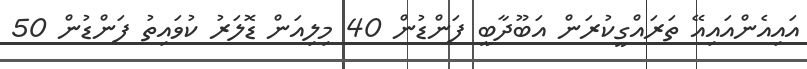
އައިއެންއައިއޭ ތަަރައްގީކުރަން އަބޫދާބީ ފަންޑުން 40 މިލިއަން ޑޮލަރު ކުވައިތު ފަންޑުން 50